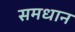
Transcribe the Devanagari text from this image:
समधान